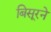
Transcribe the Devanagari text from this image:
बिसूरने